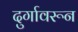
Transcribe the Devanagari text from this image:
दुर्गावरून